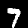
Label: 7